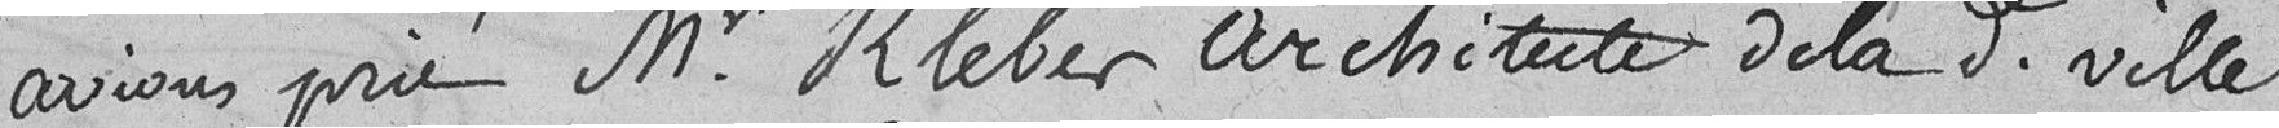
avions prié Monsieur Kleber, architecte de la Ville,